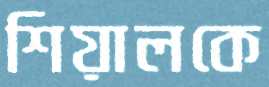
শিয়ালকে